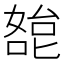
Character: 㗠